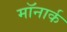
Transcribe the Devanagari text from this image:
मॉनार्क